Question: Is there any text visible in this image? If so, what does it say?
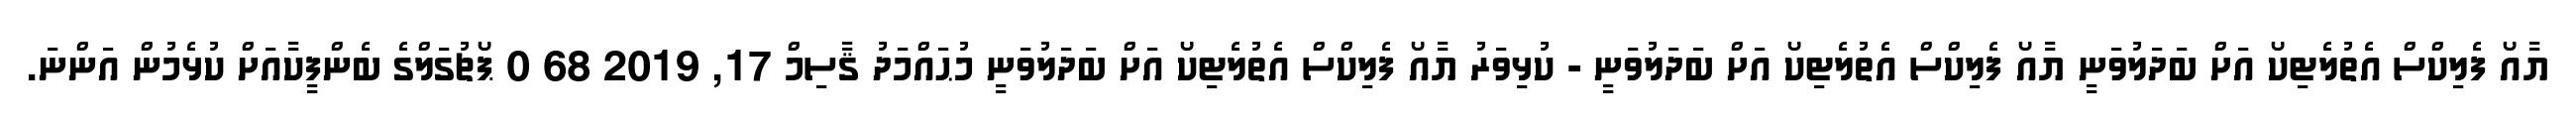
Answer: ޔާއޯ ފެލިކްސް އެތުލެޓިކޯ އަށް ބަދަލުވަނީ ޔާއޯ ފެލިކްސް އެތުލެޓިކޯ އަށް ބަދަލުވަނީ - ކުޅިވަރު ޔާއޯ ފެލިކްސް އެތުލެޓިކޯ އަށް ބަދަލުވަނީ މުޙައްމަދު ޤާސިމް 17, 2019 68 0 ޕޯޗުގަލްގެ ބެންފީކާއަށް ކުޅެމުން އަންނަ.